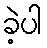
ခဲ့ပါ